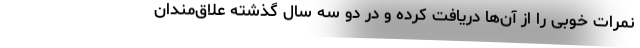
نمرات خوبی را از آن‌ها دریافت کرده و در دو سه سال گذشته علاق‌مندان